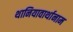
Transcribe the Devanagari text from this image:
थानियावार्थानाम